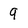
Character: 9